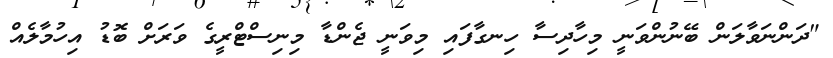
"ދަންނަވާލަން ބޭނުންވަނީ މިހާދިސާ ހިނގާފައި މިވަނީ ޖެންޑާ މިނިސްޓްރީގެ ވަރަށް ބޮޑު އިހުމާލެއް